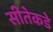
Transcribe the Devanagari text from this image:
सीतेकडे